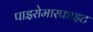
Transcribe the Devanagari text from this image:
पाइरोमारफाइट